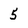
Character: 5